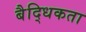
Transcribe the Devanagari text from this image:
बैद्धिकता